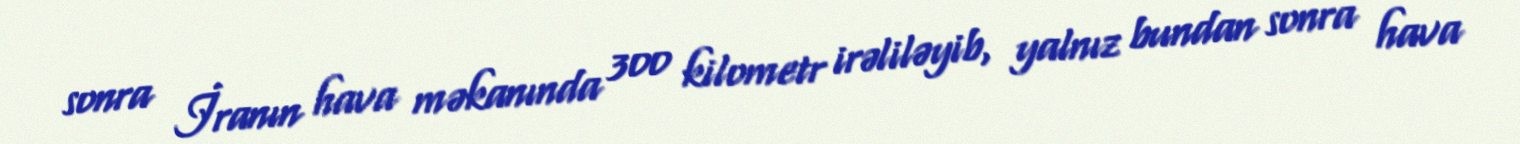
sonra İranın hava məkanında 300 kilometr irəliləyib, yalnız bundan sonra hava